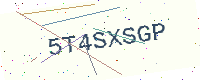
Text: 5T4SXSGP